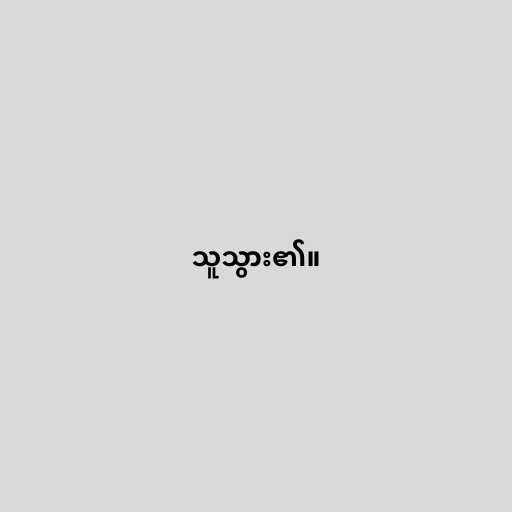
သူသွား၏။